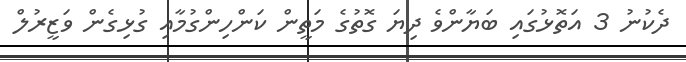
ދެކުނު 3 އަތޮޅުގައި ބަޔާންވެ ދިޔަ ގޮތުގެ މަތީން ކަންހިންގުމާއި ގުޅިގެން ވަޒީރުލް